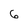
Character: 6